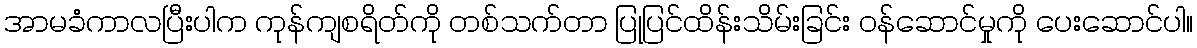
အာမခံကာလပြီးပါက ကုန်ကျစရိတ်ကို တစ်သက်တာ ပြုပြင်ထိန်းသိမ်းခြင်း ဝန်ဆောင်မှုကို ပေးဆောင်ပါ။